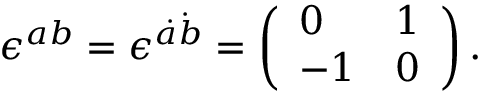
\epsilon ^ { a b } = \epsilon ^ { \dot { a } \dot { b } } = \left( \begin{array} { l l } { 0 } & { 1 } \\ { - 1 } & { 0 } \end{array} \right) .